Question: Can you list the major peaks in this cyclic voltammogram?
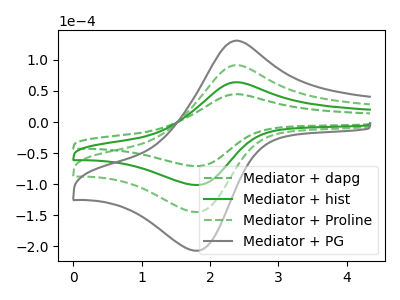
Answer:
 <answer>The green dashed curve "Mediator + dapg" has an anodic peak at (2.40V, 44.85uA) and a cathodic peak at (1.80V, -71.00uA). The green curve "Mediator + hist" has an anodic peak at (2.40V, 64.15uA) and a cathodic peak at (1.80V, -101.45uA). The green dashed curve "Mediator + Proline" has an anodic peak at (2.40V, 128.25uA) and a cathodic peak at (1.80V, -202.90uA). The gray curve "Mediator + PG" has an anodic peak at (2.40V, 192.40uA) and a cathodic peak at (1.80V, -304.40uA).</answer>
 <eval></eval>